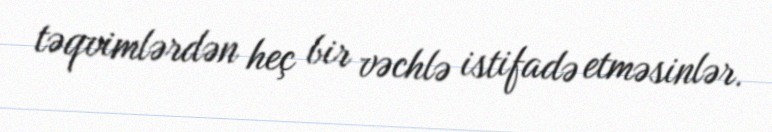
təqvimlərdən heç bir vəchlə istifadə etməsinlər.